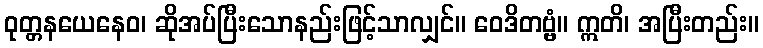
ဝုတ္တနယေနေဝ၊ ဆိုအပ်ပြီးသောနည်းဖြင့်သာလျှင်။ ဝေဒိတဗ္ဗံ။ ဣတိ၊ အပြီးတည်း။